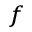
^ f